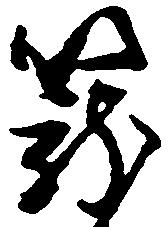
籠